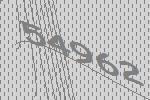
54962